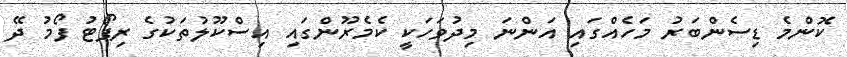
ކޮންމެ ޑިސެންބަރު މަހެއްގައި އަންނަ މިދުވަހަކީ ކެމެރޫންގައި އިސްކޫލުތަކުގެ ރިޕޯޓު ފޯމު ދޭ